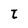
Character: t